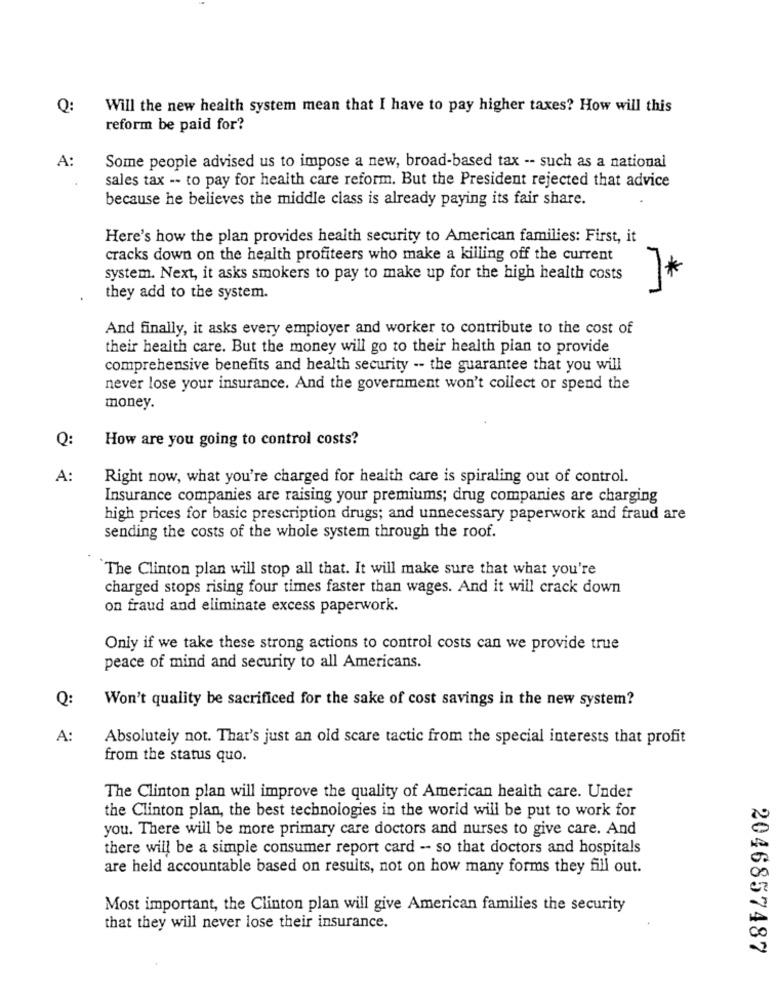
Q:
Will the new health system mean that I have to pay higher taxes? How will this
reform be paid for?
A:
Some people advised us to impose a new, broad-based tax -- such as a national
sales tax -- to pay for health care reform. But the President rejected that advice
because he believes the middle class is already paying its fair share.
Here's how the plan provides health security to American families: First, it
cracks down on the health profiteers who make a killing off the current
system. Next, it asks smokers to pay to make up for the high health costs
*
they add to the system.
And finally, it asks every employer and worker to contribute to the cost of
their health care. But the money will go to their health pian to provide
comprehensive benefits and health security -- the guarantee that you will
never lose your insurance. And the government won't collect or spend the
money.
Q:
How are you going to control costs?
A:
Right now, what you're charged for health care is spiraling out of control.
Insurance companies are raising your premiums; drug companies are charging
high prices for basic prescription drugs; and unnecessary paperwork and fraud are
sending the costs of the whole system through the roof.
The Clinton plan will stop all that. It will make sure that what you're
charged stops rising four times faster than wages. And it will crack down
on fraud and eliminate excess paperwork.
Only if we take these strong actions to control costs can we provide true
peace of mind and security to all Americans.
Q:
Won't quality be sacrificed for the sake of cost savings in the new system?
A:
Absolutely not. That's just an old scare tactic from the special interests that profit
from the status quo.
The Clinton plan will improve the quality of American health care. Under
the Clinton plan, the best technologies in the world will be put to work for
you. There will be more primary care doctors and nurses to give care. And
there will be a simple consumer report card - so that doctors and hospitals
are held accountable based on results, not on how many forms they fill out.
Most important, the Clinton plan will give American families the security
that they will never lose their insurance.
2046857487